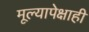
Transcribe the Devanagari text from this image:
मूल्यापेक्षाही